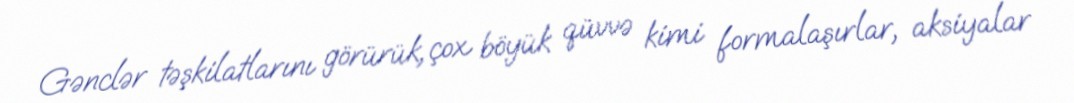
Gənclər təşkilatlarını görürük, çox böyük qüvvə kimi formalaşırlar, aksiyalar